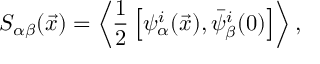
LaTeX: S _ { \alpha \beta } ( \vec { x } ) = \left< \frac { 1 } { 2 } \left[ \psi _ { \alpha } ^ { i } ( \vec { x } ) , \bar { \psi } _ { \beta } ^ { i } ( 0 ) \right] \right> ,